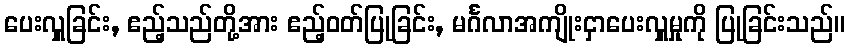
ပေးလှူခြင်း, ဧည့်သည်တို့အား ဧည့်ဝတ်ပြုခြင်း, မင်္ဂလာအကျိုးငှာပေးလှူမှုကို ပြုခြင်းသည်။